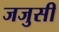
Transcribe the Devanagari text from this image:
जजुसी